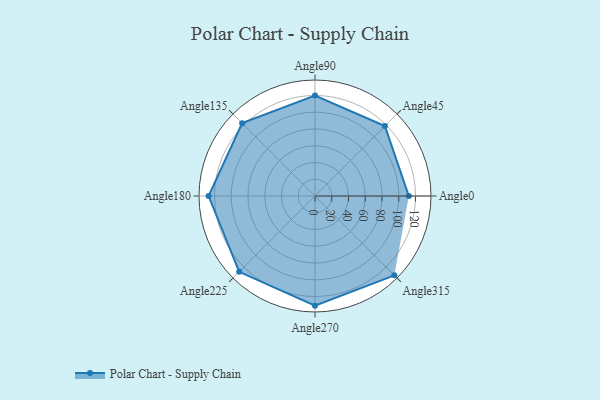
{"axis": {"x": "Angle", "y": "Radius"}, "legend": [""], "data": [{"x": "Angle0", "y": 112.0, "type": ""}, {"x": "Angle45", "y": 118.0, "type": ""}, {"x": "Angle90", "y": 120.0, "type": ""}, {"x": "Angle135", "y": 123.0, "type": ""}, {"x": "Angle180", "y": 127.0, "type": ""}, {"x": "Angle225", "y": 128.0, "type": ""}, {"x": "Angle270", "y": 131.0, "type": ""}, {"x": "Angle315", "y": 134.0, "type": ""}]}